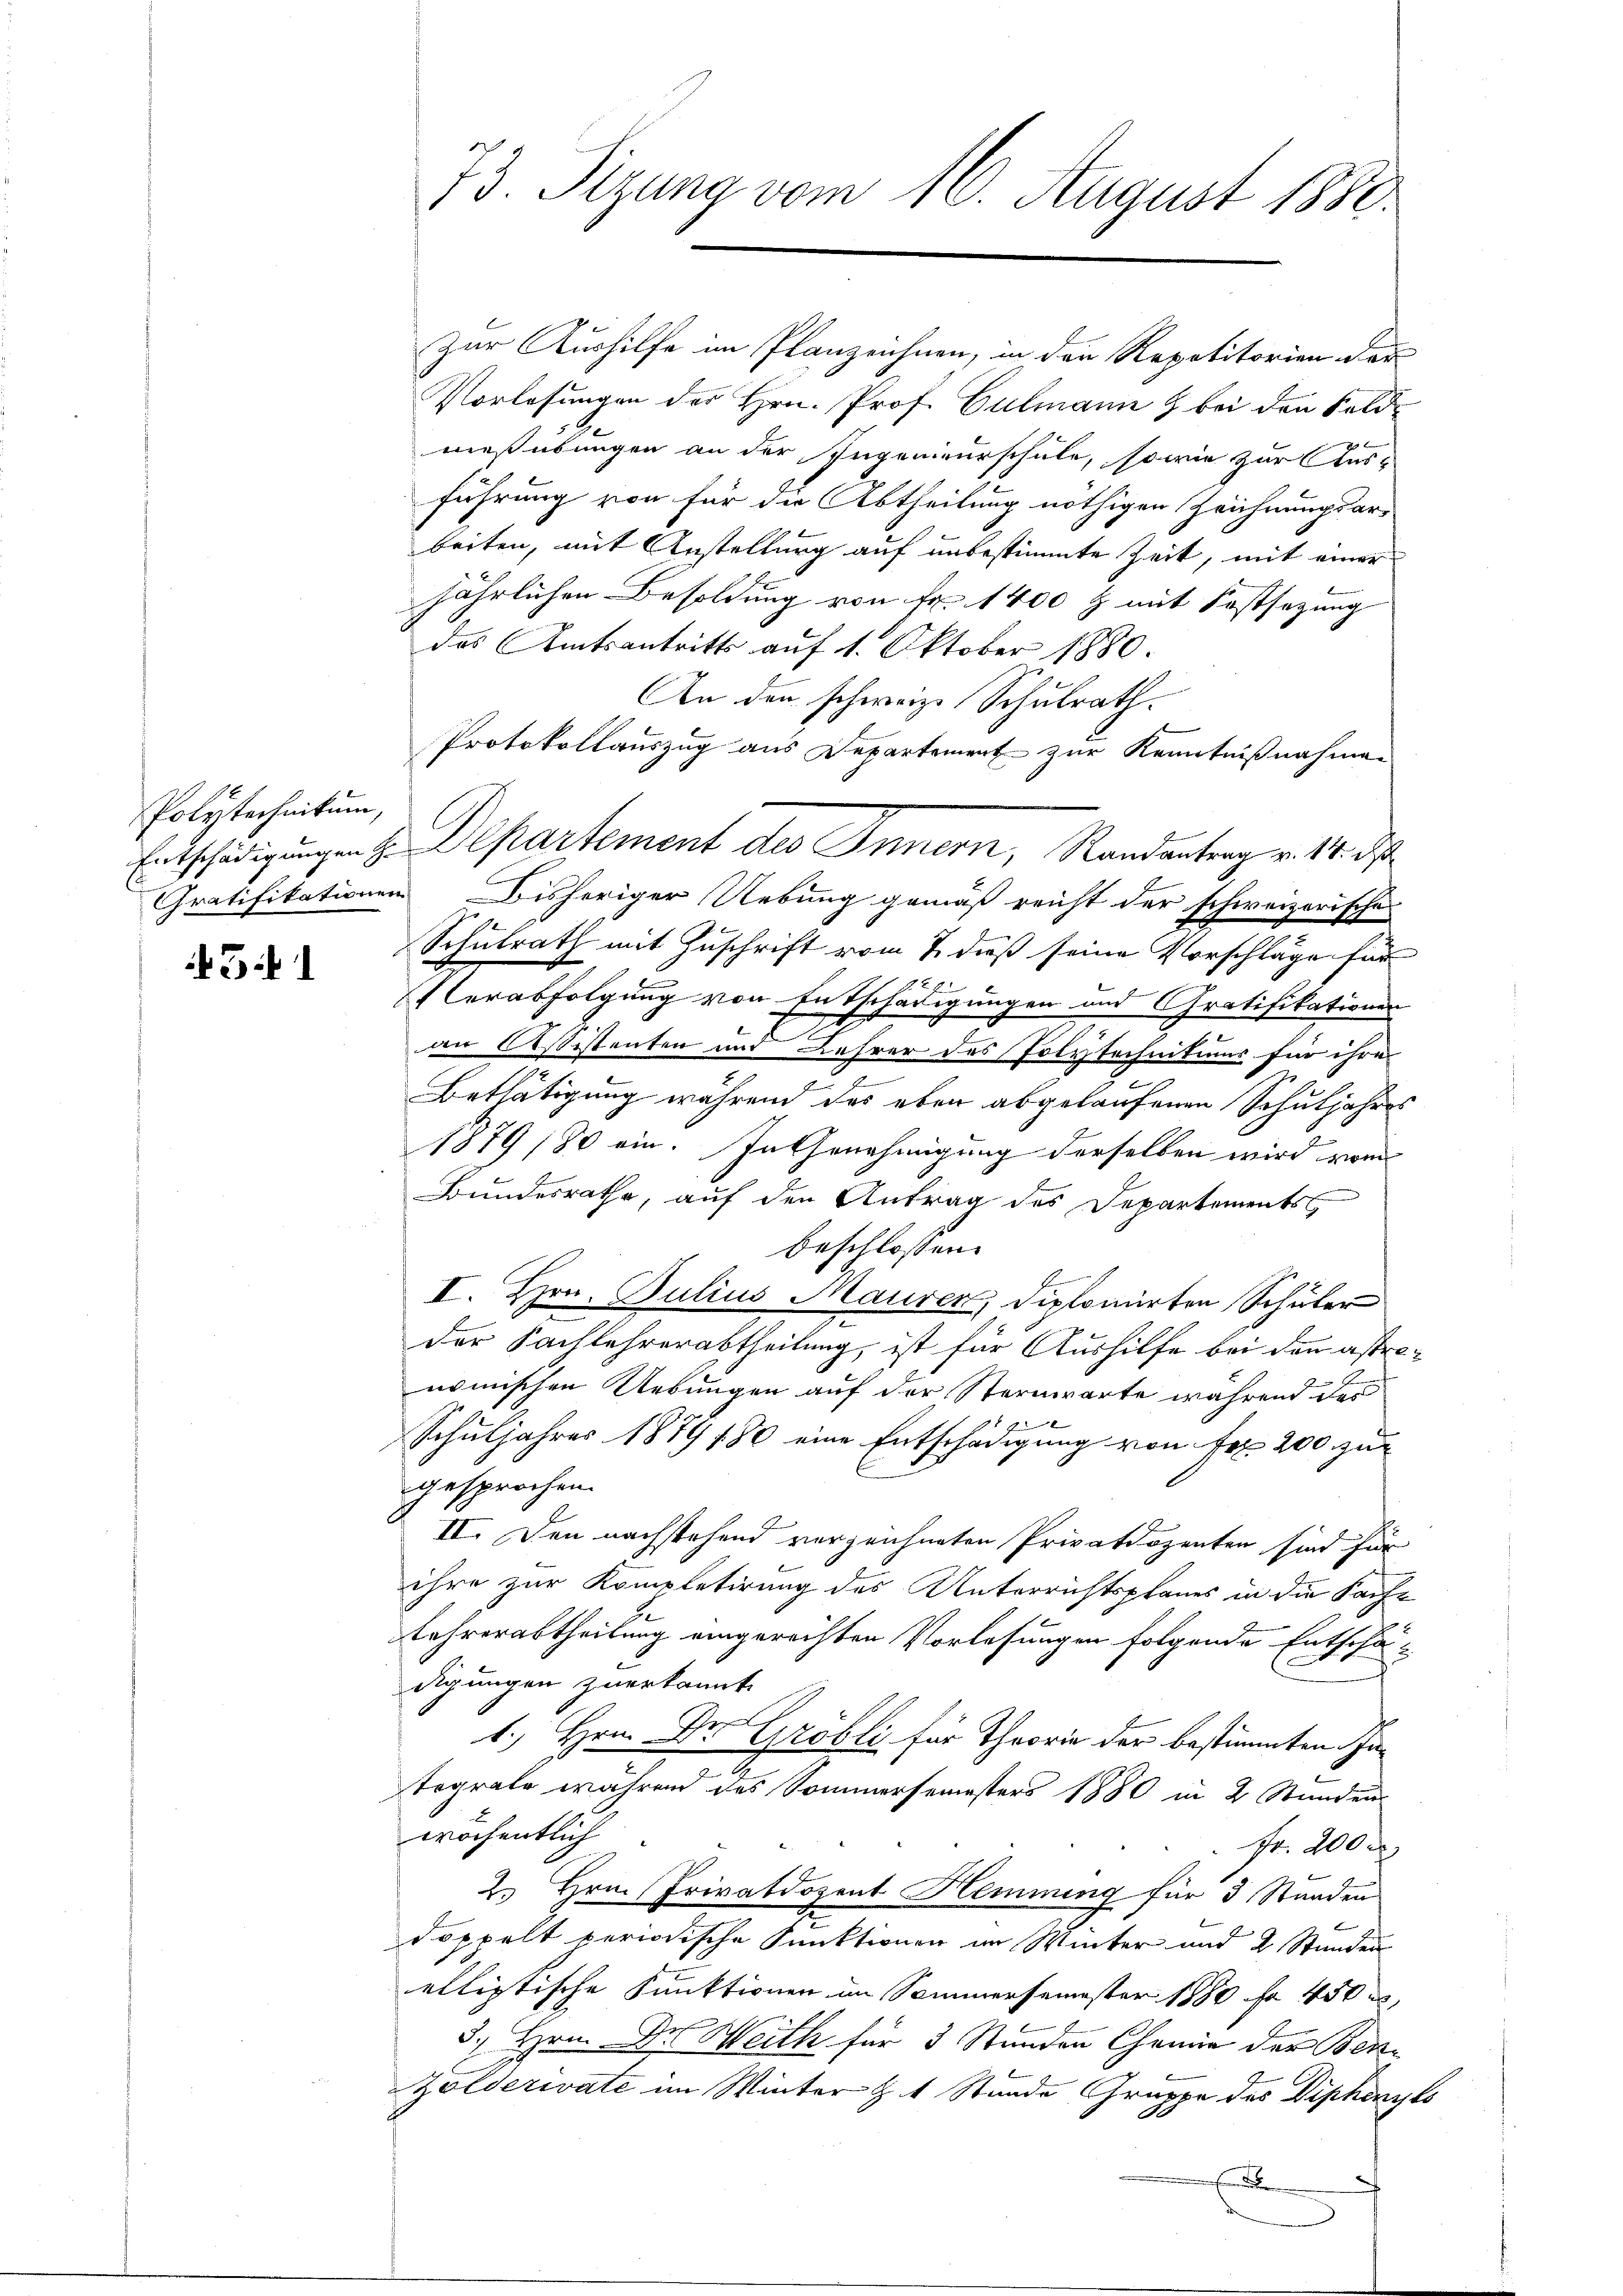
Polytechnikum,

431

l

73. Sizung vom 16. August 1880

Zur Aushilfe im Planzeichnen, in den Repetitorien der
Vorlesungen des Hrn. Prof. Culmann & bei den Sold-
g
mießübungen an der Ingenieurschule, sowie zur Aus-
führung von für die Abtheilung nöthigen Zeichnungsar-
beiten, mit Anstellung auf unbestimmte Zeit, mit einer
jährlichen Besoldung von Fr. 1400 & mit Festsezung
das Amtsantritts auf 1. Oktober 1880.
An den schweiz. Schulrath.
Protokollauszug aus Departement zur Kenntnißnahmen
Gratifikationen Bisheriger Uebung gemäß reicht der schweizerische
Schulrath mit Zuschrift vom 2. dieß seine Vorschläge für
2
erabfolgung von Entschädigungen und Gratifikationen
an Assistenten und Lehrer des Polytechnitions für ihre
Bethätigung während des eben abgelaufenen Schuljahres
1879 (80 ein. In Genehmigung derselben wird vom
Bundesrathe, auf den Antrag des Departements
beschlossen:
I. Hrn. Julius Mauren, diplomirten Schüler
der Sachlehrerabtheilung, ist für Aushilfe bei den astronomischen Uebungen auf der Sternwarte während des
.
7
Schuljahres 1879 180 eine Entschädigung von Fr. 200 zur
gesprochen.
II. Den nachstehend verzeichneten Privatdozenten sind für
ihre zur Kompletirung des Unterrichtsplanes in die Sache
Lehrerabtheilung eingerechten Vorlesungen folgende Entschädigungen zuerkannt.
1. Hrn. Dr. Gröbli für Theorie der bestimmten Ine
tegrale während des Sommersemesters 1880 in 2 Stunden
wöchentlich
Fr. 200 r.
2. Hrn. Privatdozent Hemmung für 3 Standen
doppelt periodische Punktionen in Winter und 2 Stunden
ellistische Funktionen im Sommersemester 1880 fr 450
3., Hrn. Dr Weith für 3 Stunden Chemie der Ben¬
Zölderivate im Winter Z 1 Stunde Gruppe des Diphenyts

Entschädigungen zu Departement des Innern, Randantrag v. 18. d